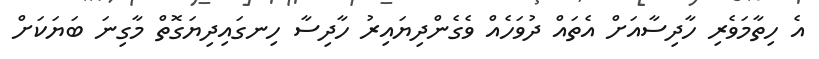
އެ ހިތާމަވެރި ހާދިސާއަށް އެތައް ދުވަހެއް ވެގެންދިޔައިރު ހާދިސާ ހިނގައިދިޔަގޮތް މާގިނަ ބަޔަކަށް